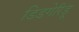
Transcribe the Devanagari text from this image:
डिडगेरिडू